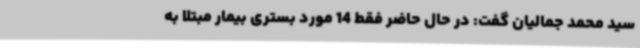
سید محمد جمالیان گفت: در حال حاضر فقط 14 مورد بستری بیمار مبتلا به